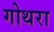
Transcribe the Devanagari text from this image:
गोथरा